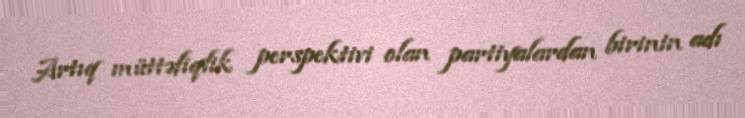
Artıq müttəfiqlik perspektivi olan partiyalardan birinin adı